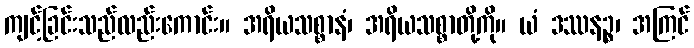
ကျင့်ခြင်းသည်လည်းကောင်း။ အရိယသစ္စာနံ၊ အရိယသစ္စာတို့ကို။ ယံ ဒဿနဉ္စ၊ အကြင်